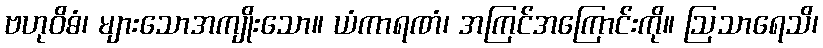
ဗဟုဝိဓံ၊ များသောအကျိုးသော။ ယံကာရဏံ၊ အကြင်အကြောင်းကို။ ဩသာရေသိ၊